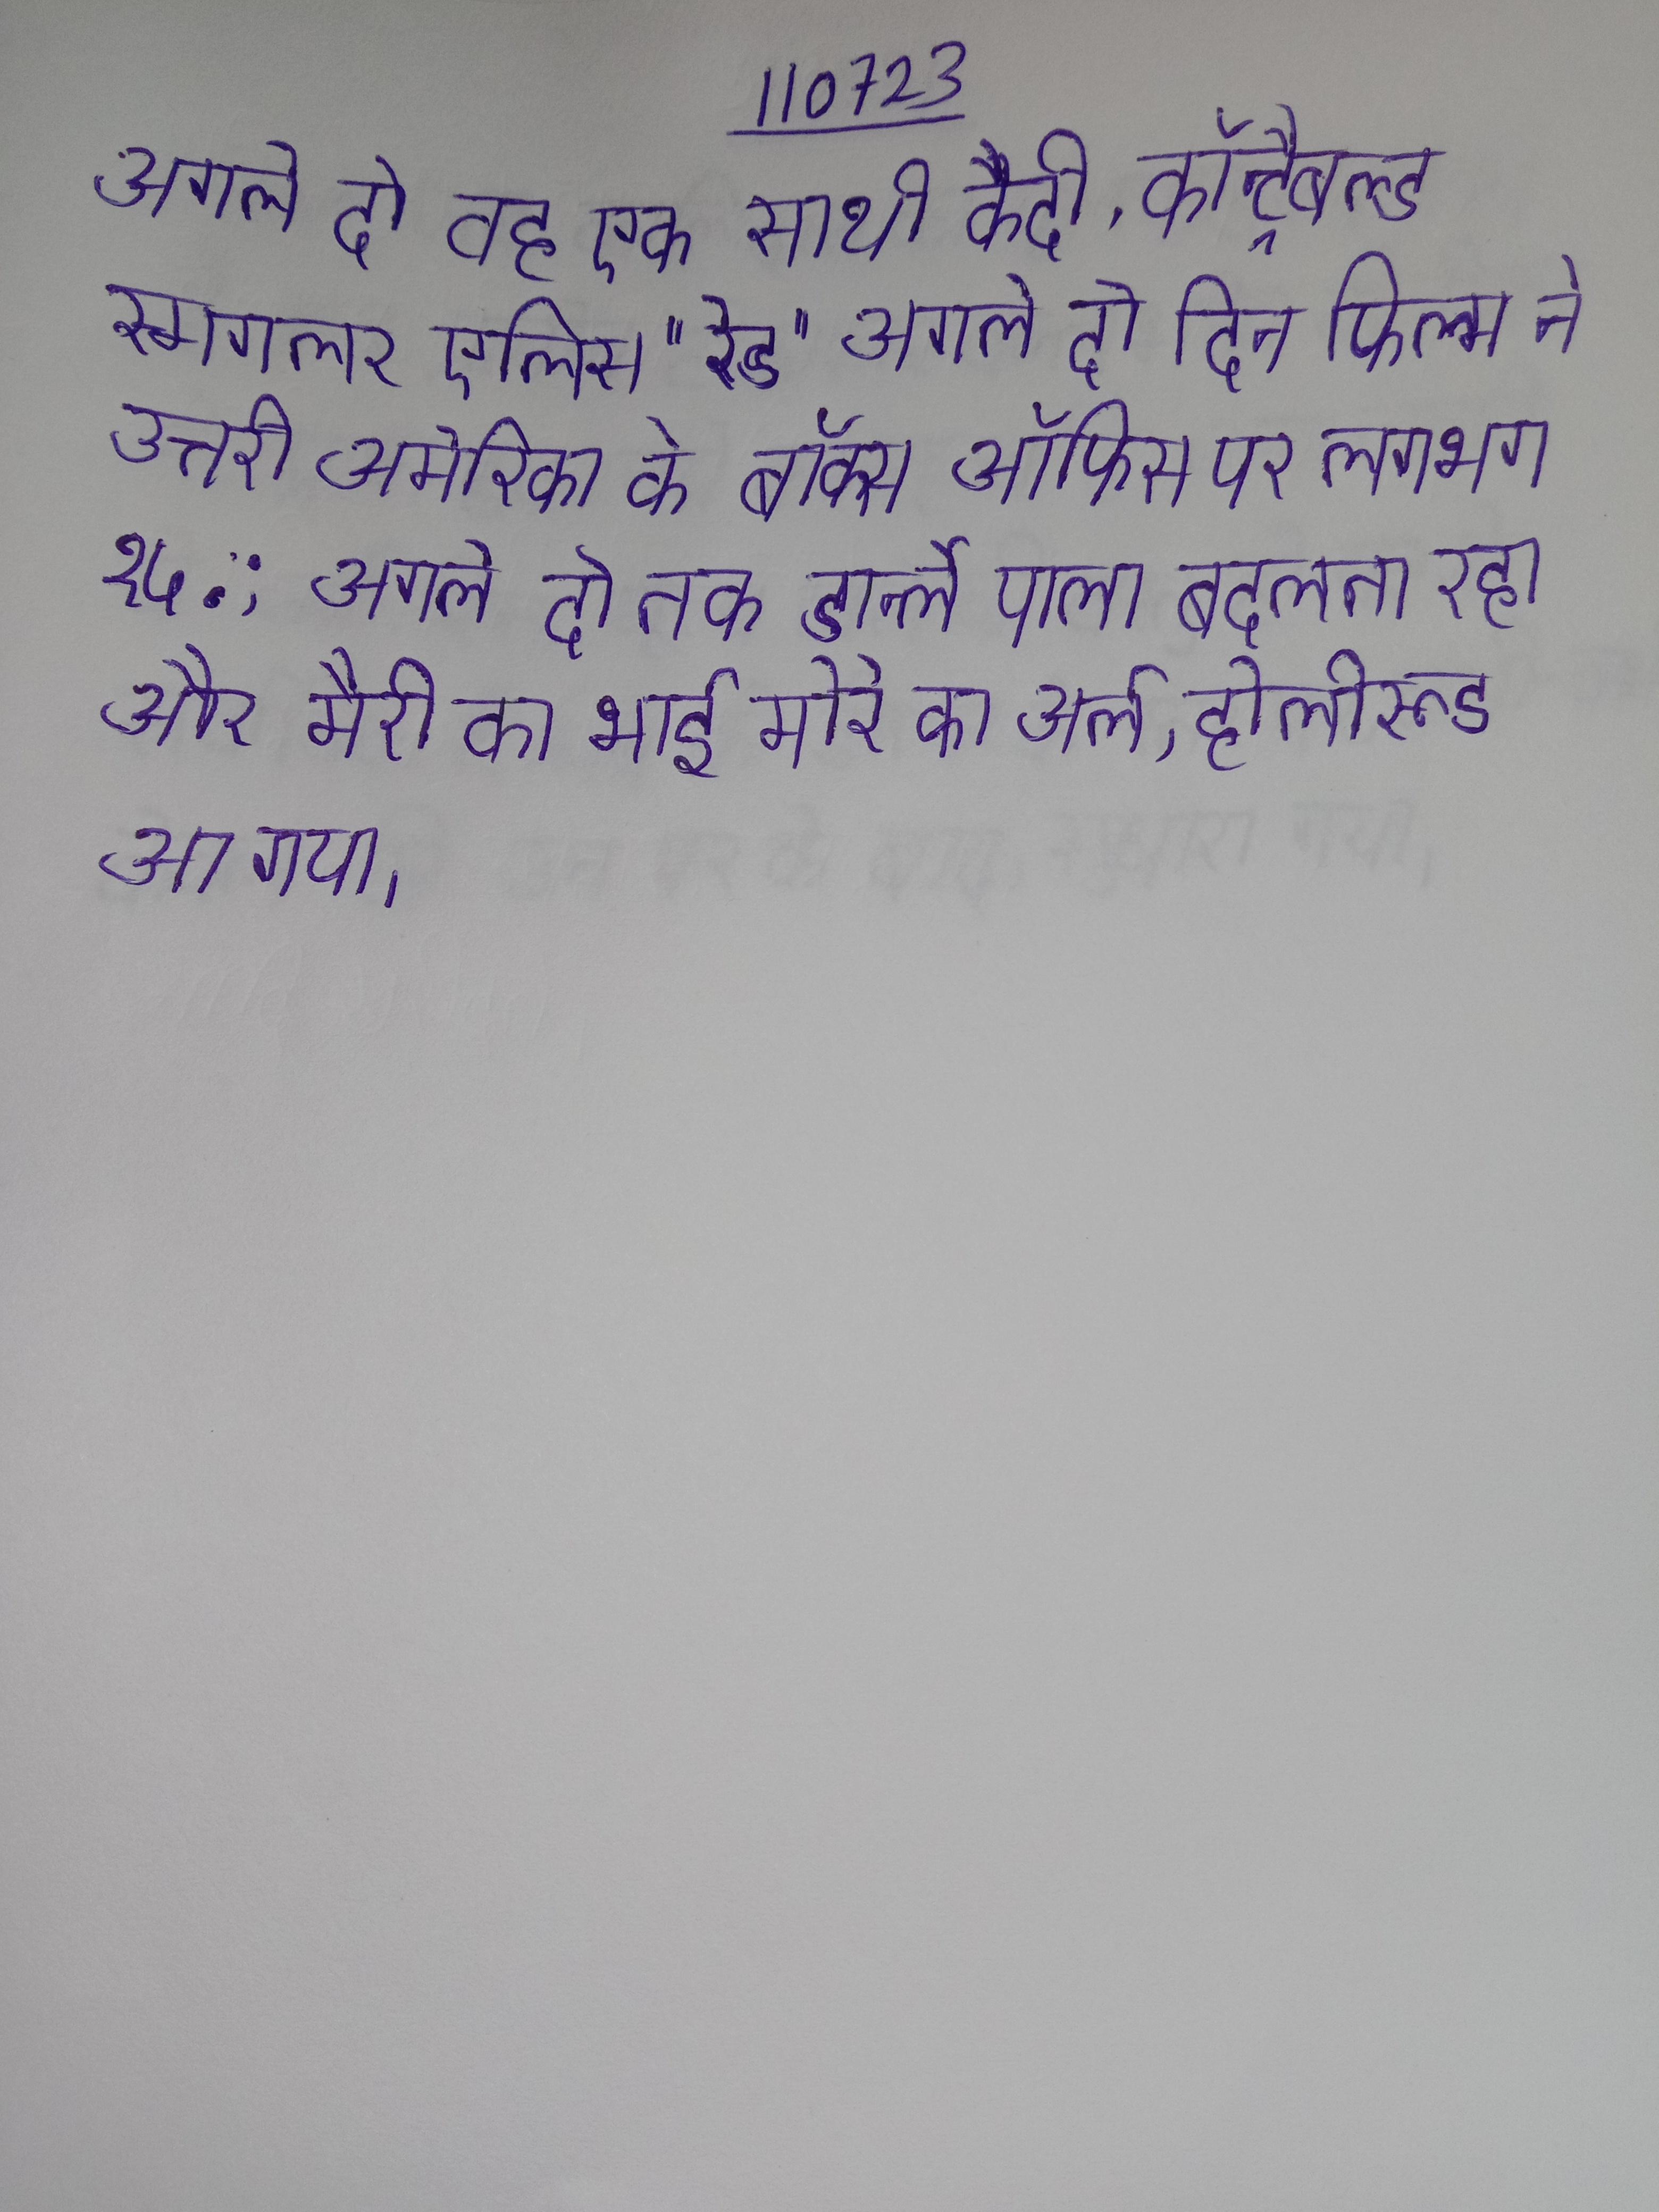
अगले दो वह एक साथी कैदी, कॉन्ट्रैबल्ड स्मगलर एलिस "रेड" अगले दो दिन फिल्म ने उत्तरी अमेरिका के बॉक्स ऑफिस पर लगभग १५ . ; अगले दो तक डार्न्ले पाला बदलता रहा और मैरी का भाई मोरे का अर्ल, होलीरूड आ गया ।